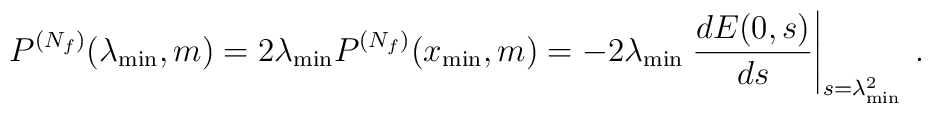
P^{(N_f)}(\lambda_{\rm min},m)=2\lambda_{\rm min}  P^{(N_f)}(x_{\rm min},m)=  -2\lambda_{\rm min}\left.\frac{dE(0,s)}{ds}  \right|_{s=\lambda_{\rm min}^2} \:.